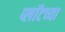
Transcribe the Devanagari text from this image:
प्लॉटच्या